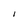
Character: 1